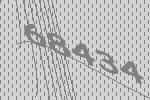
68434